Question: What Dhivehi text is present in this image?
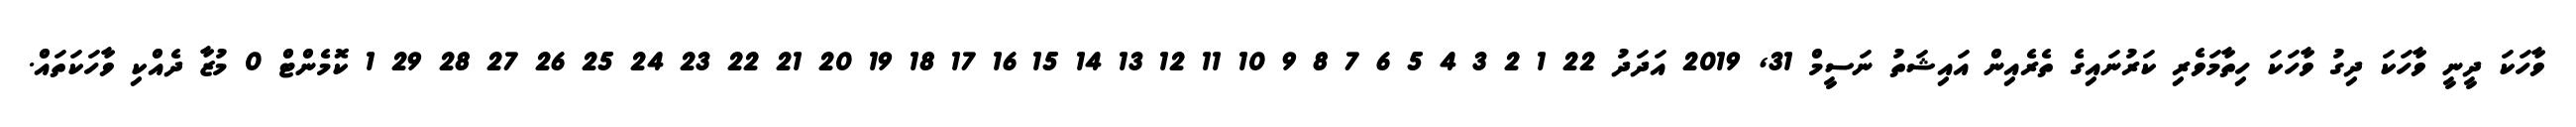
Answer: ވާހަކަ ދީނީ ވާހަކަ ދިގު ވާހަކަ ހިތާމަވެރި ކަރުނައިގެ ތެރެއިން އައިޝަތު ނަސީމް 31, 2019 އަދަދު 22 1 2 3 4 5 6 7 8 9 10 11 12 13 14 15 16 17 18 19 20 21 22 23 24 25 26 27 28 29 1 ކޮމެންޓް 0 މުޒާ ދެއްކި ވާހަކަތައް.